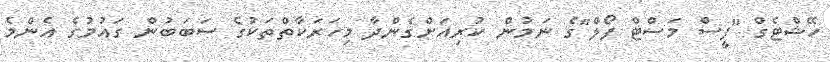
ހޭޝްޓެގް "ފީސް މަސްޓް ފޯލް"ގެ ނަމުން ކުރިއަށްގެންދާ މިހަރަކާތްތަކުގެ ސަބަބުން ގައުމުގެ އެންމެ